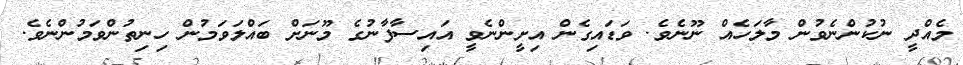
މެއްދީ ނުކުންނެވުން މާލަހެއް ނޫނެވެ. ވަޑައިގެން އިށީންނެވީ އައިސާފާނުގެ މޫނަށް ބައްލަވަމުން ހިނިތުންވަމުންނެވެ.